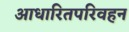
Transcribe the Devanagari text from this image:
आधारितपरिवहन